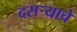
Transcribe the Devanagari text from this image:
दसऱ्याचे